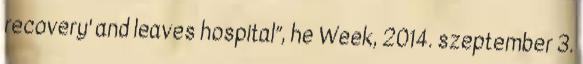
recovery' and leaves hospital”, he Week, 2014. szeptember 3.